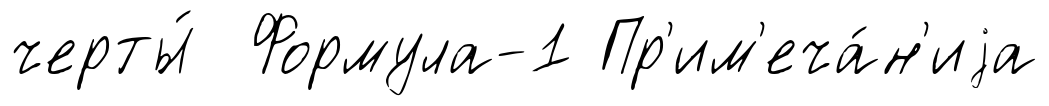
черты́ Формула-1 Пр'им'еча́н'иjа